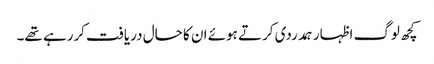
کچھ لوگ اظہار ہمدردی کرتے ہوئے ان کا حال دریافت کررہے تھے۔